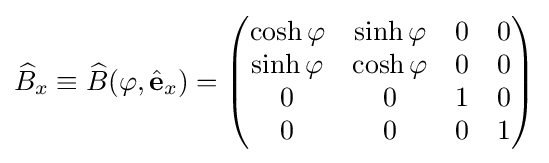
{\widehat {B}}_{x}\equiv {\widehat {B}}(\varphi ,{\hat {\mathbf {e} }}_{x})={\begin{pmatrix}\cosh \varphi &\sinh \varphi &0&0\\\sinh \varphi &\cosh \varphi &0&0\\0&0&1&0\\0&0&0&1\\\end{pmatrix}}